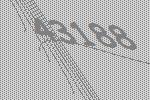
43188